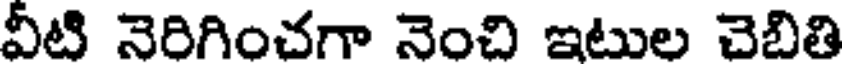
వీటి నెరిగించగా నెంచి ఇటుల చెబితి